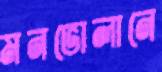
মনভোলানে